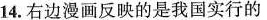
14.右边漫画反映的是我国实行的